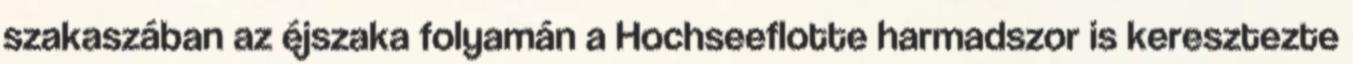
szakaszában az éjszaka folyamán a Hochseeflotte harmadszor is keresztezte